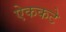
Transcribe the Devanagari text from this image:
ऐककटे